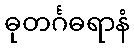
ဓုတင်္ဂဓရာနံ